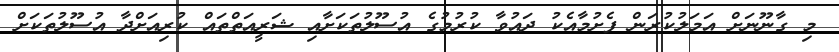
މި ގާނޫނަށް އަމަލުކުރަން ފެށުމާއެކު ދައުވާ ކުރުމުގެ އުސޫލުތަކަށާއި ޝަރީއަތްތައް ކުރިއަށްދާ އުސޫލުތަކަށް